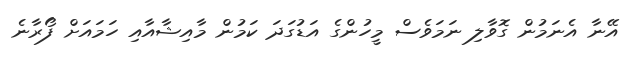
އޭނާ އެނަމުން ގޮވާލި ނަމަވެސް މީހުންގެ އަޑުގަދަ ކަމުން މާއިޝާއާއި ހަމައަށް ފޯރާނެ